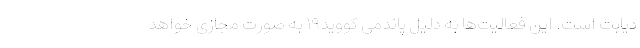
دیابت است. این فعالیت‌ها به دلیل پاندمی کووید۱۹ به صورت مجازی خواهد